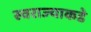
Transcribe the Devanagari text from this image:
स्वराज्याकडे